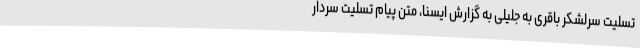
تسلیت سرلشکر باقری به جلیلی به گزارش ایسنا، متن پیام تسلیت سردار